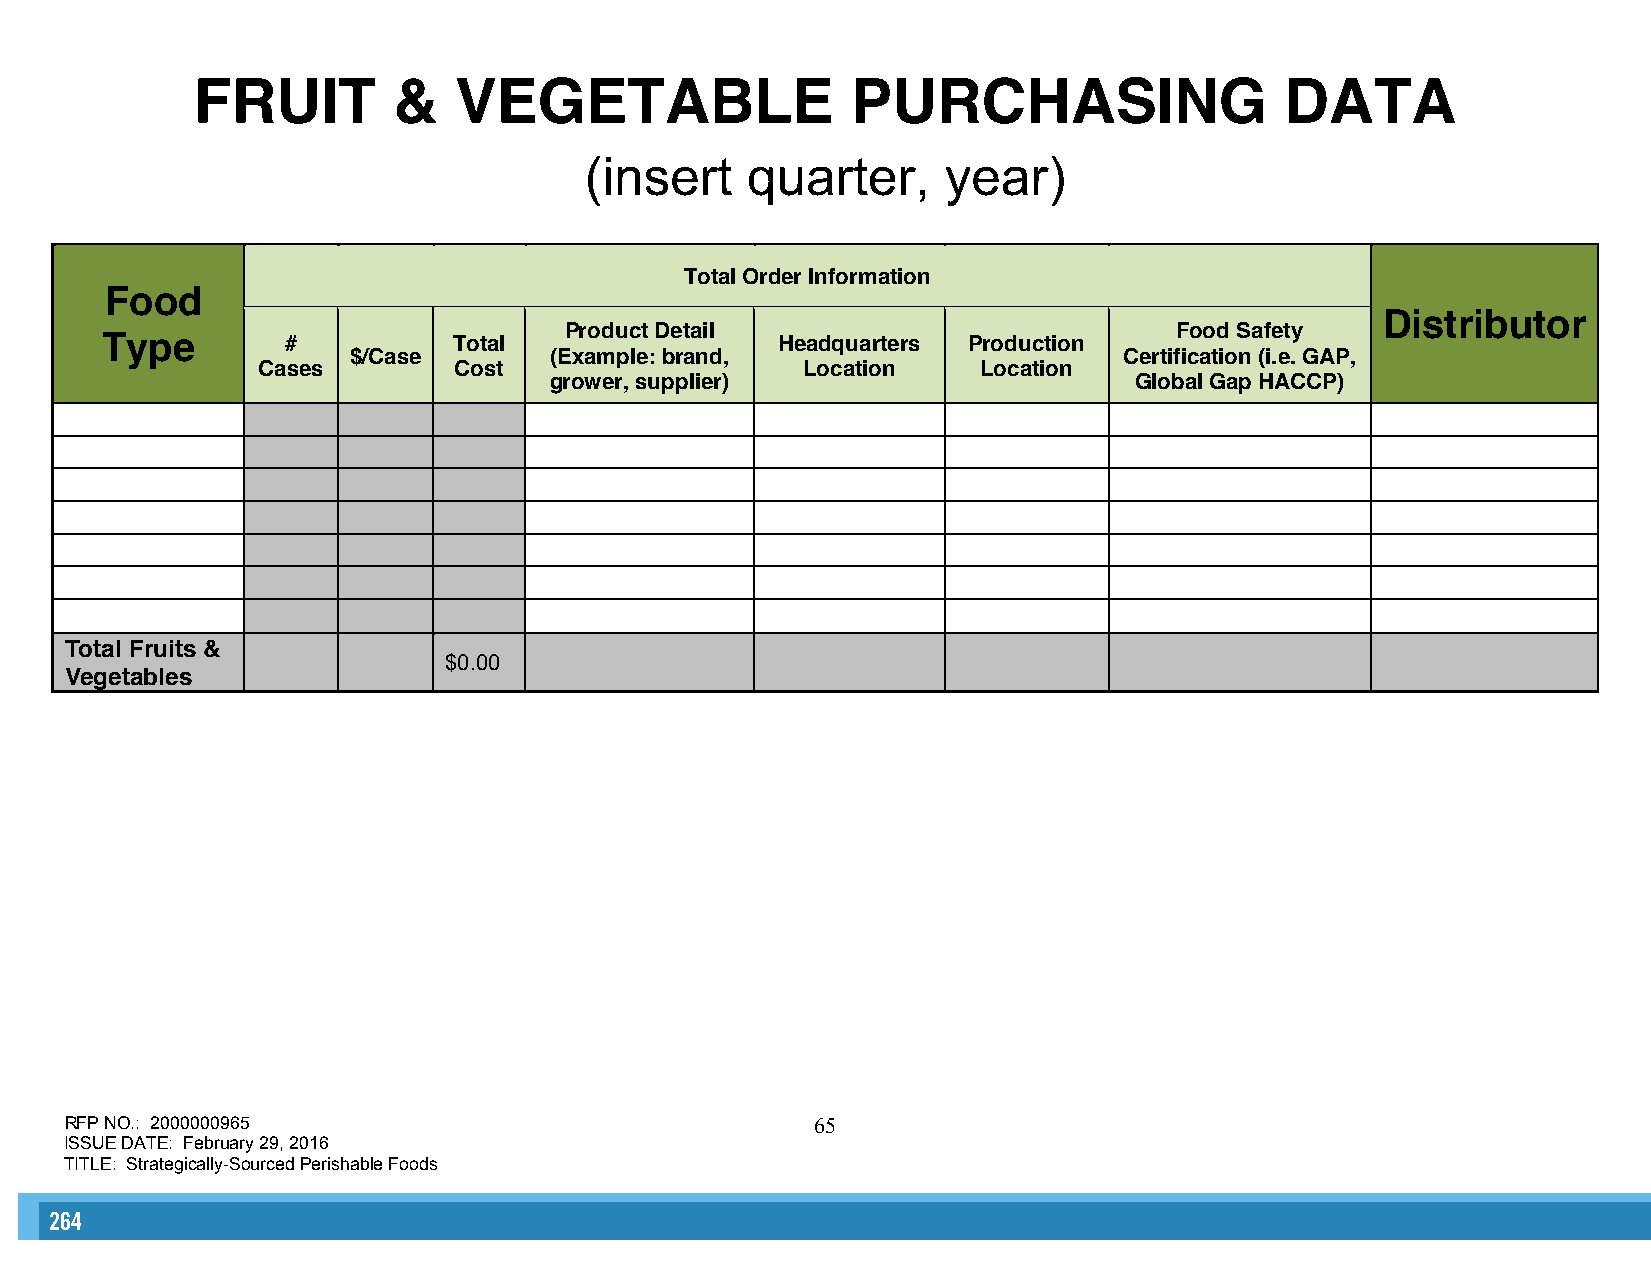
FRUIT        &   VEGETABLE                 PURCHASING                   DATA
 (insert   quarter,      year)
 Total Order Information
 Food
 Distributor
 Product Detail                           Food Safety
 Type        #          Total                Headquarters Production
 $/Case       (Example: brand,                      Certification (i.e. GAP,
 Cases        Cost                   Location    Location
 grower, supplier)                      Global Gap HACCP)
 Total Fruits &
 $0.00
 Vegetables
 RFP NO.: 2000000965                               65
 ISSUE DATE: February 29, 2016
 TITLE: Strategically-Sourced Perishable Foods
 264